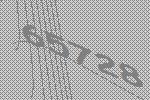
65728